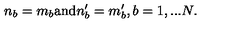
n _ { b } = m _ { b } \mathrm { a n d } n _ { b } ^ { \prime } = m _ { b } ^ { \prime } , b = 1 , . . . N .